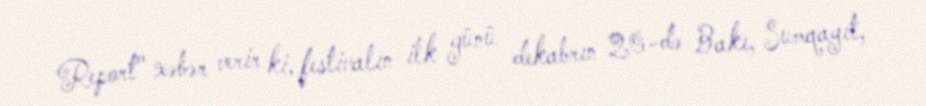
Report" xəbər verir ki, festivalın ilk günü dekabrın 20-də Bakı, Sumqayıt,